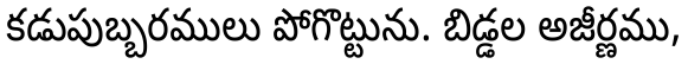
కడుపుబ్బరములు పోగొట్టును. బిడ్డల అజీర్ణము,